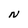
Character: N